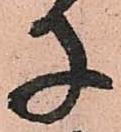
子